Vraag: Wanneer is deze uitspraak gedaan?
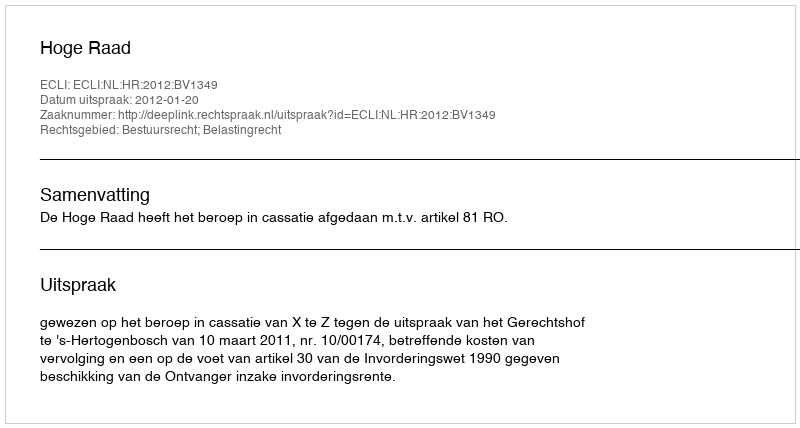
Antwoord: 2012-01-20